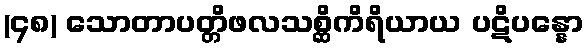
(၄၈) သောတာပတ္တိဖလသစ္ဆိကိရိယာယ ပဋိပန္နော